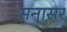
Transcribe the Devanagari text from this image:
सनासर